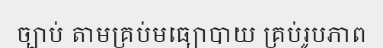
ច្បាប់ តាមគ្រប់មធ្យោបាយ គ្រប់រូបភាព